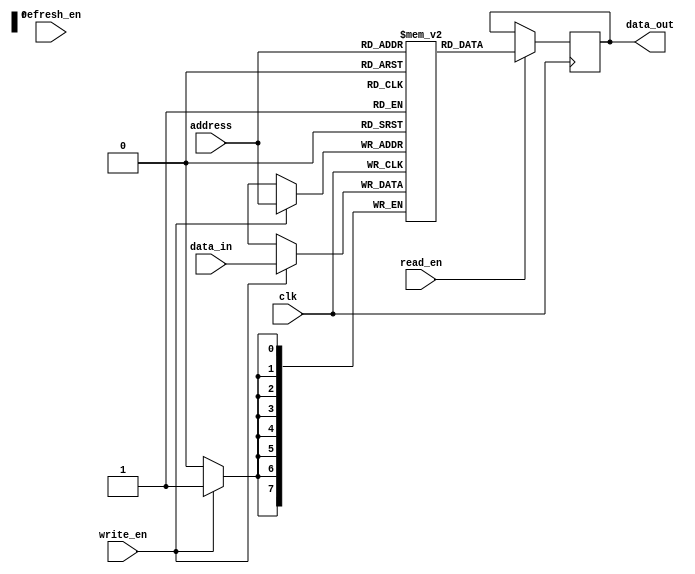
module dram (
    input wire clk, // clock signal
    input wire [7:0] address, // address input
    input wire write_en, // write enable signal
    input wire read_en, // read enable signal
    input wire refresh_en, // refresh enable signal
    input wire [7:0] data_in, // data input
    output reg [7:0] data_out // data output
);

reg [7:0] memory [0:255]; // an array to store memory values

always @(posedge clk) begin
    if (write_en) begin
        memory[address] <= data_in;
    end
    
    if (read_en) begin
        data_out <= memory[address];
    end
end

always @(posedge clk) begin
    if (refresh_en) begin
        // code to refresh memory cells
    end
end

// additional code for feedback loops to maintain stored data during power cycles or resets can be added here

endmodule